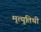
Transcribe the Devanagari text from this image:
मृत्युतिथी